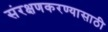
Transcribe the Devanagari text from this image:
संरक्षणकरण्यासाठी